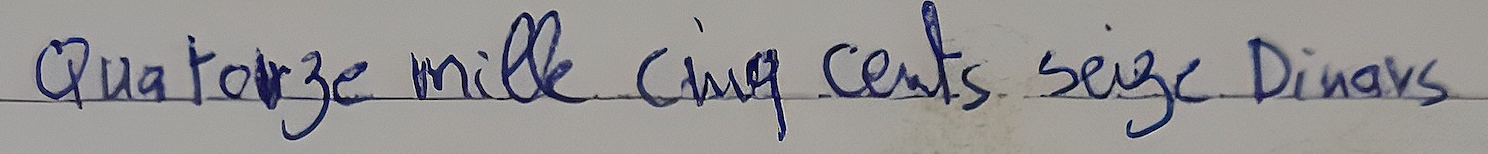
Quatorze mille cinq cents seize Dinars